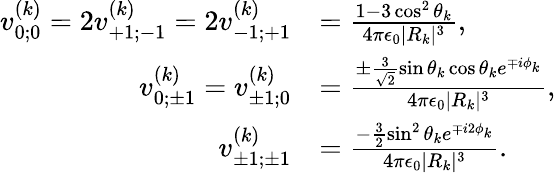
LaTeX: \begin{array}{rl}{v_{0;0}^{(k)}=2v_{+1;-1}^{(k)}=2v_{-1;+1}^{(k)}}&{=\frac{1-3\cos^{2}\theta_{k}}{4\pi\epsilon_{0}|R_{k}|^{3}},}\\ {v_{0;\pm 1}^{(k)}=v_{\pm 1;0}^{(k)}}&{=\frac{\pm\frac{3}{\sqrt{2}}\sin\theta_{k}\cos\theta_{k}e^{\mp i\phi_{k}}}{4\pi\epsilon_{0}|R_{k}|^{3}},}\\ {v_{\pm 1;\pm 1}^{(k)}}&{=\frac{-\frac{3}{2}\sin^{2}\theta_{k}e^{\mp i2\phi_{k}}}{4\pi\epsilon_{0}|R_{k}|^{3}}.}\end{array}